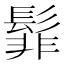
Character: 𮫊